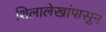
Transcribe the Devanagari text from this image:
शिलालेखांपासून